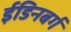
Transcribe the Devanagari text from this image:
ईडिनबर्ग